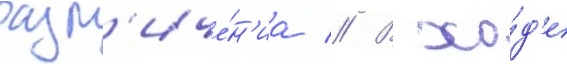
разл'иче́н'иа // В хо́д'е